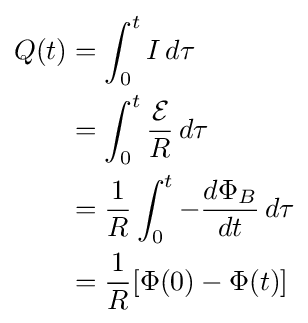
{\begin{aligned}Q(t)&=\int _{0}^{t}I\,d\tau \\&=\int _{0}^{t}{\frac {\mathcal {E}}{R}}\,d\tau \\&={\frac {1}{R}}\int _{0}^{t}-{\frac {d\Phi _{B}}{dt}}\,d\tau \\&={\frac {1}{R}}[\Phi (0)-\Phi (t)]\end{aligned}}